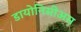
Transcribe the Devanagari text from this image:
डायोनिसीअस